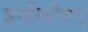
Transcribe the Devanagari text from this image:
इन्हीबीतर्